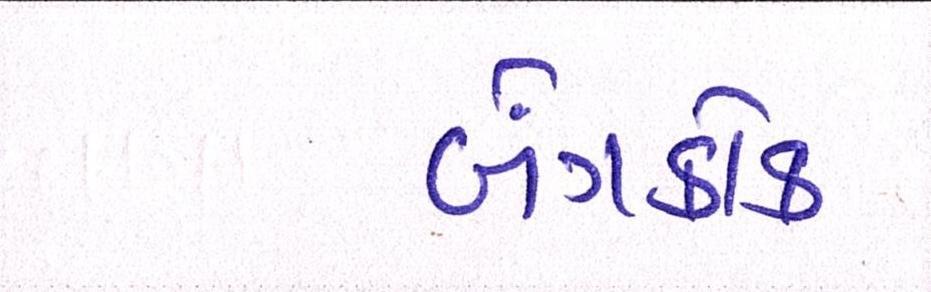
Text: બેંગકોક